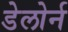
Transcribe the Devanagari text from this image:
डेलोर्न